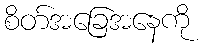
စိတ်အခြေအနေကို